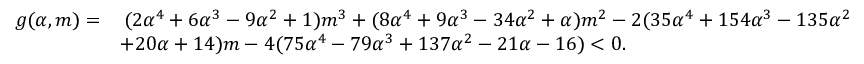
\begin{array} { r l } { g ( \alpha , m ) = } & { \, ( 2 \alpha ^ { 4 } + 6 \alpha ^ { 3 } - 9 \alpha ^ { 2 } + 1 ) m ^ { 3 } + ( 8 \alpha ^ { 4 } + 9 \alpha ^ { 3 } - 3 4 \alpha ^ { 2 } + \alpha ) m ^ { 2 } - 2 ( 3 5 \alpha ^ { 4 } + 1 5 4 \alpha ^ { 3 } - 1 3 5 \alpha ^ { 2 } } \\ & { + 2 0 \alpha + 1 4 ) m - 4 ( 7 5 \alpha ^ { 4 } - 7 9 \alpha ^ { 3 } + 1 3 7 \alpha ^ { 2 } - 2 1 \alpha - 1 6 ) < 0 . } \end{array}